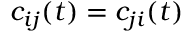
c _ { i j } ( t ) = c _ { j i } ( t )